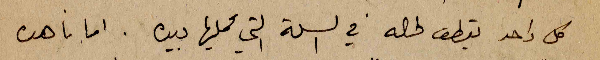
كل واحد يقطف لحاله في السلة التي يحملها بيده. اما ناهده